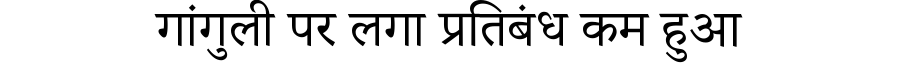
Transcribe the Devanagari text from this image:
गांगुली पर लगा प्रतिबंध कम हुआ